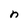
Character: n